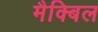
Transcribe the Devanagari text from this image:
मैक्बिल